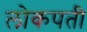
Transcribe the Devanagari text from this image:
लोकपती